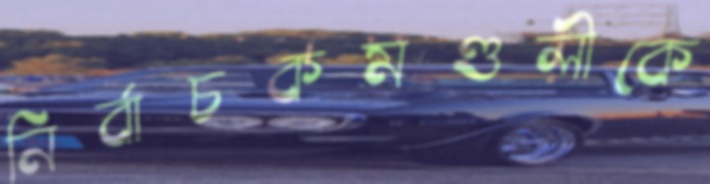
নির্বাচকমণ্ডলীকে